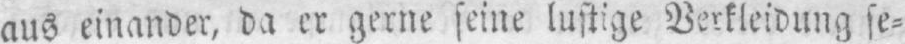
aus einander, da er gerne seine lustige Verkleidung se⸗